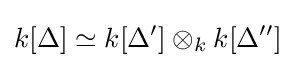
k[\Delta ]\simeq k[\Delta ']\otimes _{k}k[\Delta '']